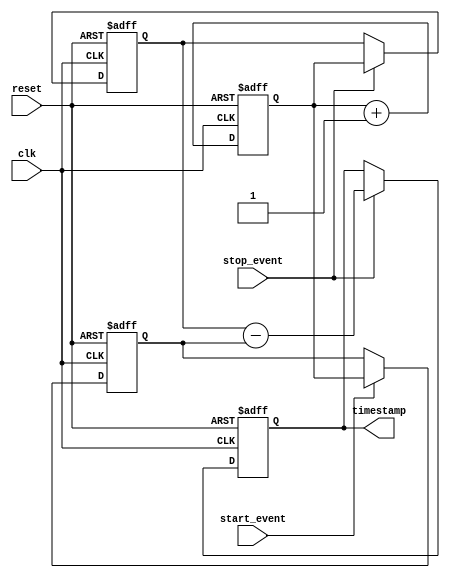
module timestamping_timer(
    input wire clk,
    input wire reset,
    input wire start_event,
    input wire stop_event,
    output reg [31:0] timestamp
);

reg [31:0] current_time;
reg [31:0] start_time;
reg [31:0] stop_time;
reg timestamp_valid;

always @(posedge clk or posedge reset) begin
    if (reset) begin
        current_time <= 0;
        start_time <= 0;
        stop_time <= 0;
        timestamp <= 0;
        timestamp_valid <= 0;
    end else begin
        current_time <= current_time + 1;
        if (start_event) begin
            start_time <= current_time;
        end
        if (stop_event) begin
            stop_time <= current_time;
            timestamp <= stop_time - start_time;
            timestamp_valid <= 1;
        end
    end
end

endmodule